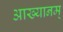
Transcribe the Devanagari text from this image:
आख्यानम्